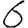
Digit: 6